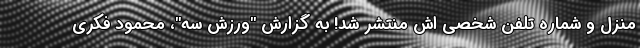
منزل و شماره تلفن شخصی اش منتشر شد! به گزارش "ورزش سه"، محمود فکری